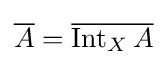
{\overline {A}}={\overline {\operatorname {Int} _{X}A}}